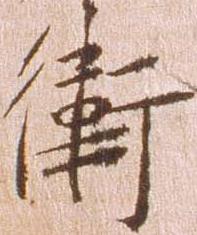
衛